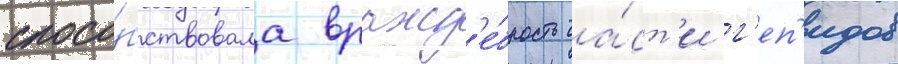
спосо́бствовала вражд'е́бность ча́ст'и г'еп'идов